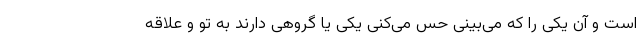
است و آن یکی را که می‌بینی حس می‌کنی یکی یا گروهی دارند به تو و علاقه